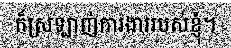
ក៏ស្រឡាញ់ការងាររបស់ខ្ញុំ។